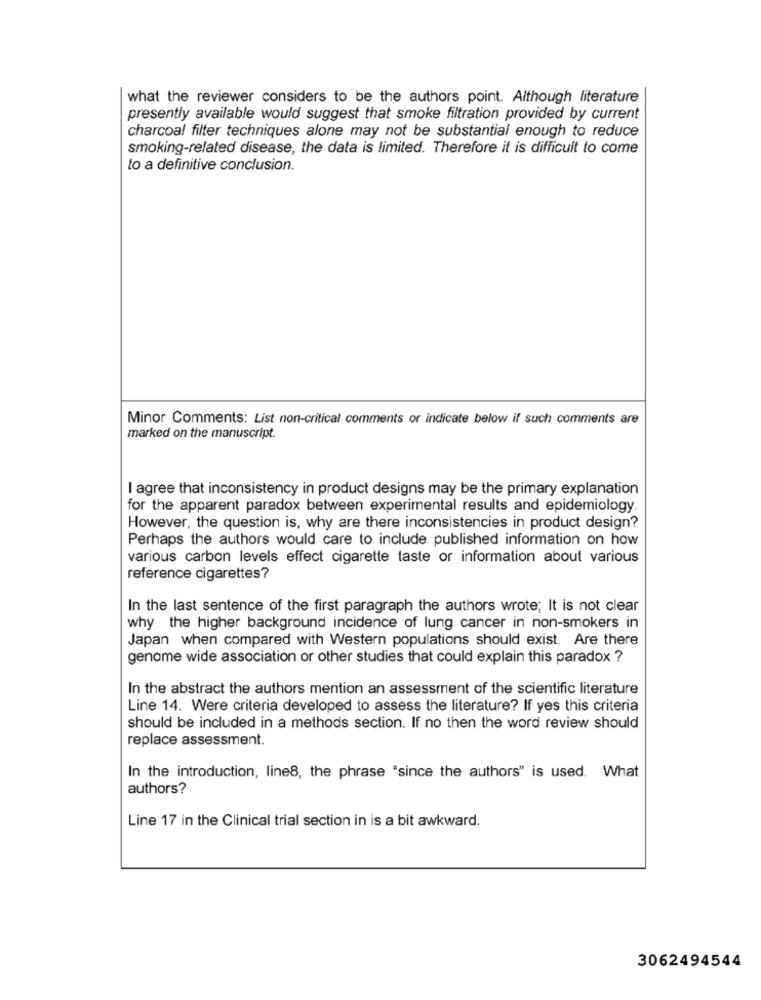
what the reviewer considers to be the authors point. Although literature
presently available would suggest that smoke filtration provided by current
charcoal filter techniques alone may not be substantial enough to reduce
smoking-related disease, the data is limited. Therefore it is difficult to come
to a definitive conclusion.
Minor Comments: List non-critical comments or indicate below if such comments are
marked on the manuscript.
I agree that inconsistency in product designs may be the primary explanation
for the apparent paradox between experimental results and epidemiology.
However, the question is, why are there inconsistencies in product design?
Perhaps the authors would care to include published information on how
various carbon levels effect cigarette taste or information about various
reference cigarettes?
In the last sentence of the first paragraph the authors wrote; It is not clear
why the higher background incidence of lung cancer in non-smokers in
Japan when compared with Western populations should exist. Are there
genome wide association or other studies that could explain this paradox ?
In the abstract the authors mention an assessment of the scientific literature
Line 14. Were criteria developed to assess the literature? If yes this criteria
should be included in a methods section. If no then the word review should
replace assessment.
In the introduction, line8, the phrase "since the authors" is used. What
authors?
Line 17 in the Clinical trial section in is a bit awkward.
3062494544